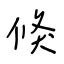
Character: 倏